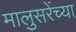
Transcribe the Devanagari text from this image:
मालुसरेंच्या